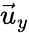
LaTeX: \vec{u}_{y}